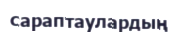
сараптаулардың